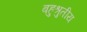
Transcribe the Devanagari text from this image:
बहुश्रुतीय